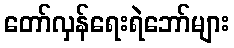
တော်လှန်ရေးရဲဘော်များ